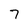
Character: 7